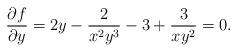
LaTeX: \begin{align*} \frac{\partial f}{\partial y}=2y-\frac{2}{x^2y^3}-3+\frac{3}{xy^2}=0.\end{align*}